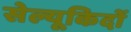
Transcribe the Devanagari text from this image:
सेल्यूकिदों